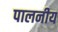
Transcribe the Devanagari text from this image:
पालनीय